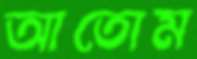
আতোম